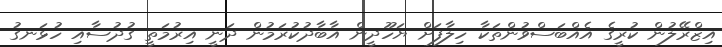
އިޒްރޭލުން ކުރީގެ އެއްބަސްވުންތަކާ ހިލާފަށް ޔަހޫދީން އާބާދުކުރަމުން ދަނީ އިރުމަތީ ގުދުސާއި ހުޅަނގު